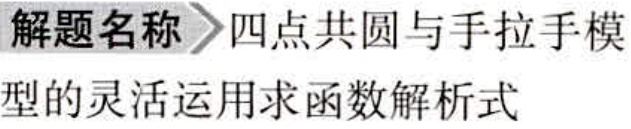
解题名称$\rhd$四点共圆与手拉手模

型的灵活运用求函数解析式